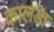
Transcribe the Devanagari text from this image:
कालडा